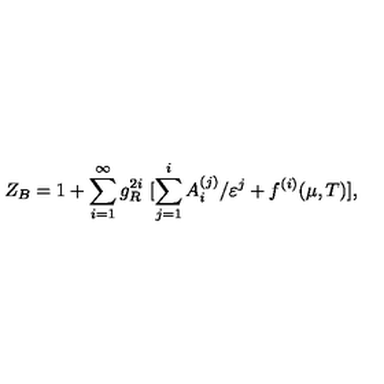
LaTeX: Z _ { B } = 1 + \sum _ { i = 1 } ^ { \infty } g _ { R } ^ { 2 i } \ [ \sum _ { j = 1 } ^ { i } A _ { i } ^ { ( j ) } / \varepsilon ^ { j } + f ^ { ( i ) } ( \mu , T ) ] ,